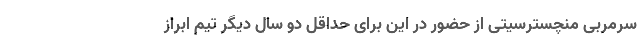
سرمربی منچسترسیتی از حضور در این برای حداقل دو سال دیگر تیم ابراز